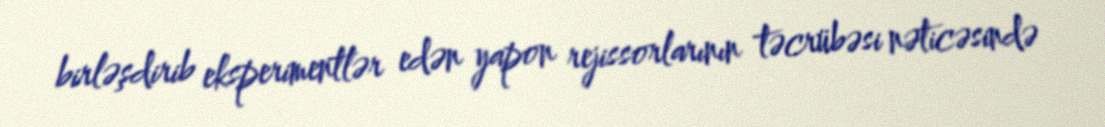
birləşdirib eksperimentlər edən yapon rejissorlarının təcrübəsi nəticəsində